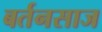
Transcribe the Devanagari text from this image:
बर्तनसाज